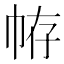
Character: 𢂣